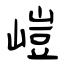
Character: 嵦